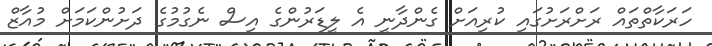
ހަރަކާތްތައް ރަށްރަށުގައި ކުރިއަށް ގެންދާނީ އެ ލީޑަރުންގެ އިސް ނެގުމުގެ ދަށުންކަމަށް މުއާޒް